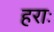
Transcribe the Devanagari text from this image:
हराः